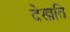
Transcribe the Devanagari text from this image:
देखति